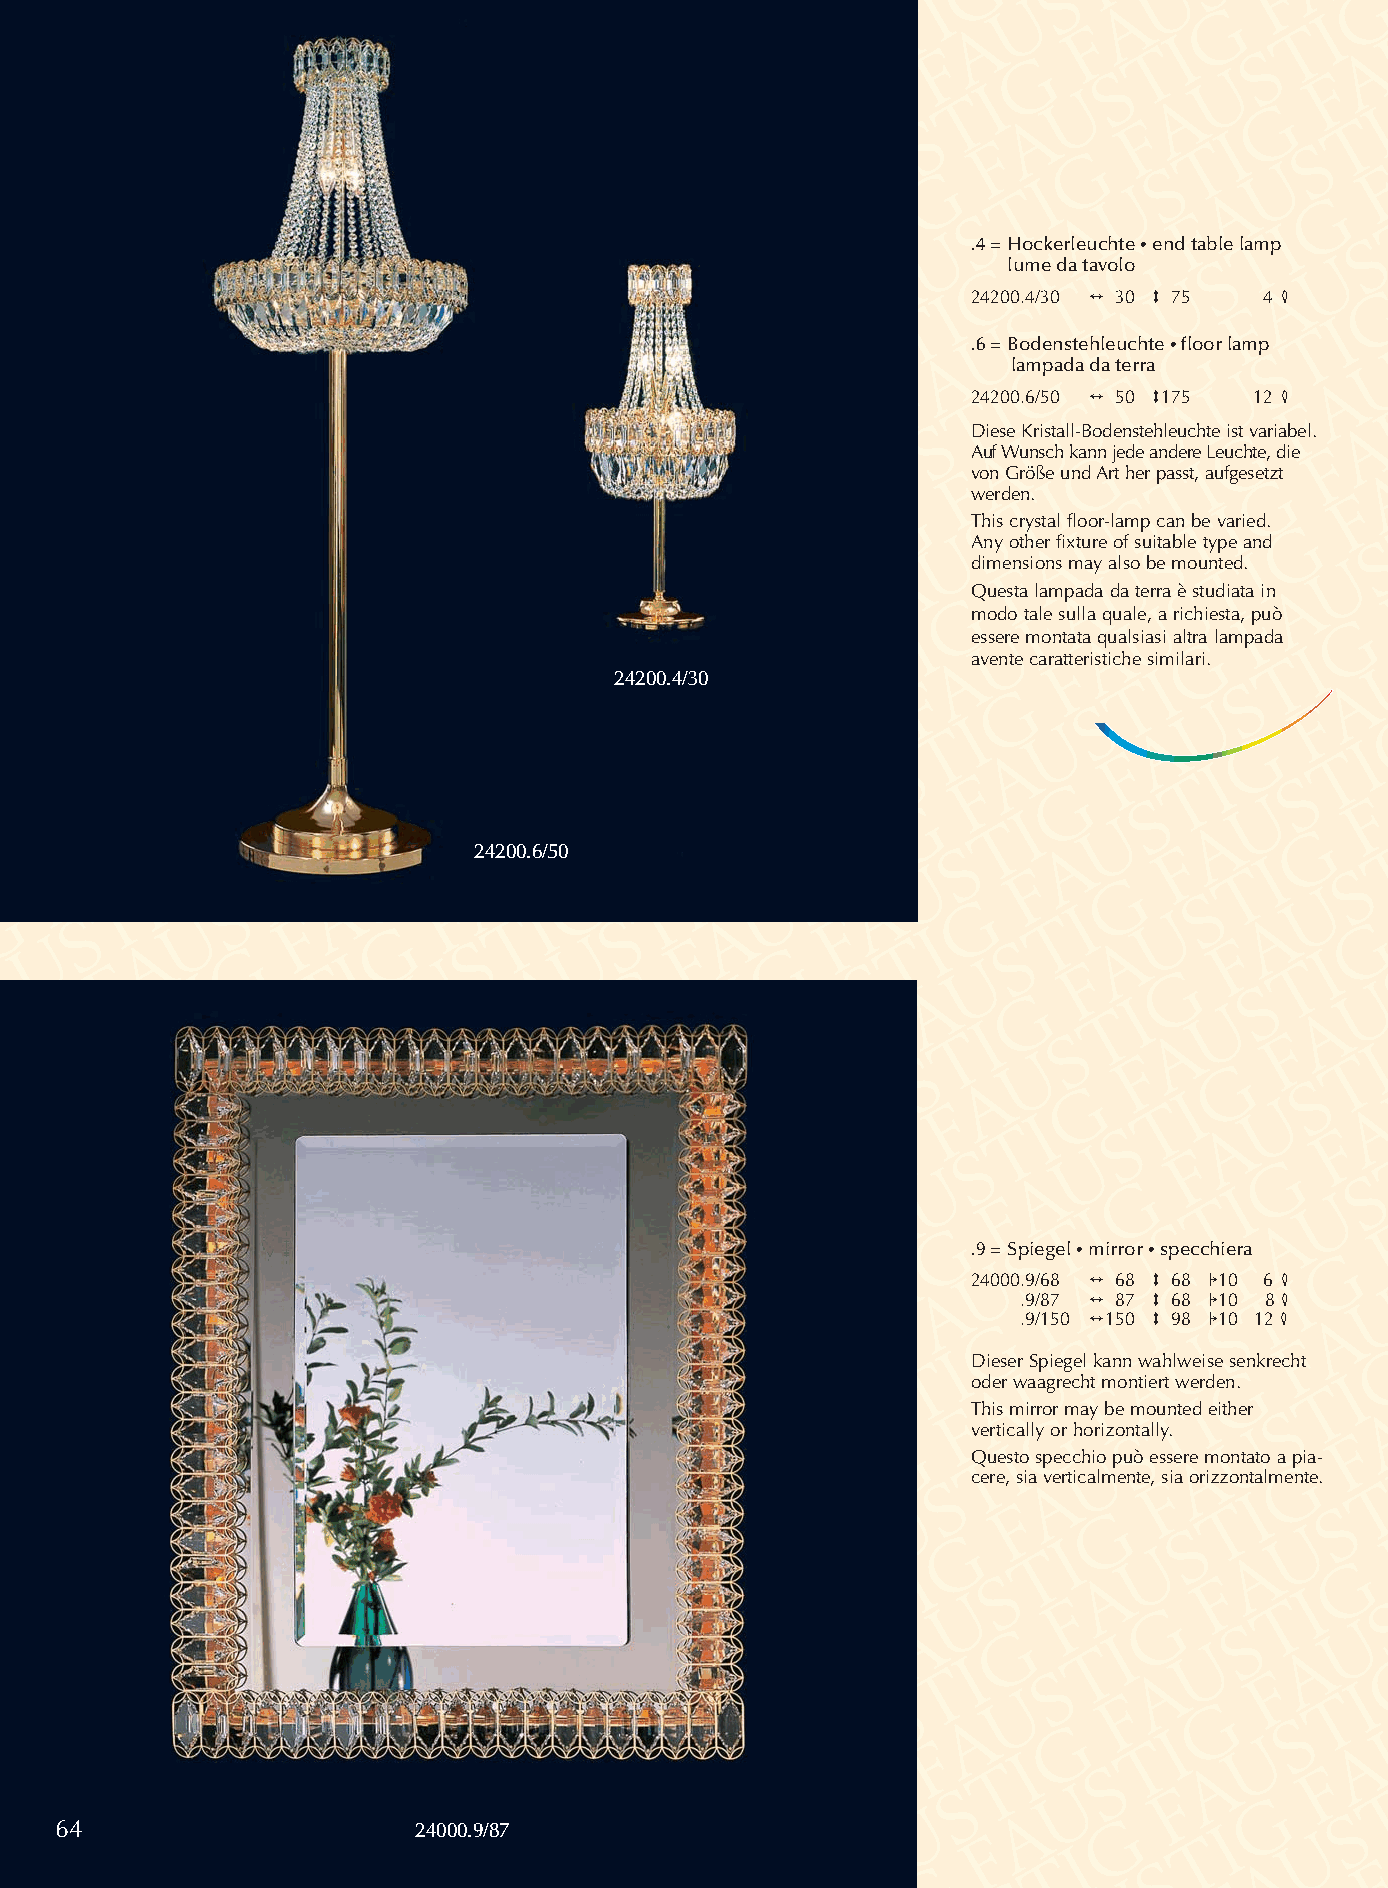
.4 = Hockerleuchte •end table lamp
 lume da tavolo
 24200.4/30 2 30 3 75 4 4
 .6 = Bodenstehleuchte •floor lamp
 lampada da terra
 24200.6/50 2 50 3175 12 4
 Diese Kristall-Bodenstehleuchte ist variabel.
 Auf Wunsch kann jede andere Leuchte, die
 vonGröße und Art her passt, aufgesetzt
 werden.
 This crystal floor-lamp can be varied.
 Any other fixture of suitable type and
 dimensions may also be mounted.
 Questa lampada da terra è studiata in
 modo tale sulla quale, a richiesta, può
 essere montata qualsiasi altra lampada
 avente caratteristiche similari.
 24200.4/30
 24200.6/50
 .9 = Spiegel •mirror •specchiera
 24000.9/68 2 68 3 68 110 6 4
 .9/87 2 87 3 68 110 8 4
 .9/150 2150 3 98 110 12 4
 Dieser Spiegel kann wahlweise senkrecht
 oder waagrecht montiert werden.
 This mirror may be mounted either
 vertically or horizontally.
 Questo specchio può essere montato a pia-
 cere, sia verticalmente, sia orizzontalmente.
 64                     24000.9/87